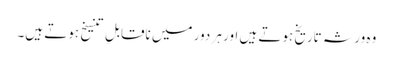
وہ ورثہ تاریخ ہوتے ہیں اور ہر دور میں ناقابلِ تنسیخ ہوتے ہیں۔